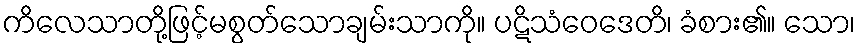
ကိလေသာတို့ဖြင့်မစွတ်သောချမ်းသာကို။ ပဋိသံဝေဒေတိ၊ ခံစား၏။ သော၊